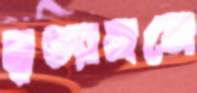
নৃত্যাঙ্গনে